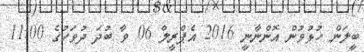
ބީލަން ހުޅުވުން އޮންނާނީ 2016 އެޕްރީލް 06 ވާ ބުދަ ދުވަހުގެ 11:00